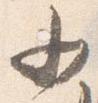
少